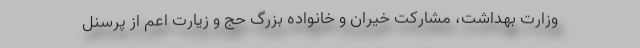
وزارت بهداشت، مشارکت خیران و خانواده بزرگ حج و زیارت اعم از پرسنل